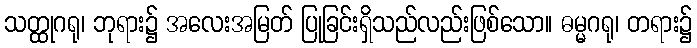
သတ္ထုဂရု၊ ဘုရား၌ အလေးအမြတ် ပြုခြင်းရှိသည်လည်းဖြစ်သော။ ဓမ္မဂရု၊ တရား၌